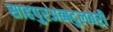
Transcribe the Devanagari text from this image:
साहपुरअब्बदुलबरी